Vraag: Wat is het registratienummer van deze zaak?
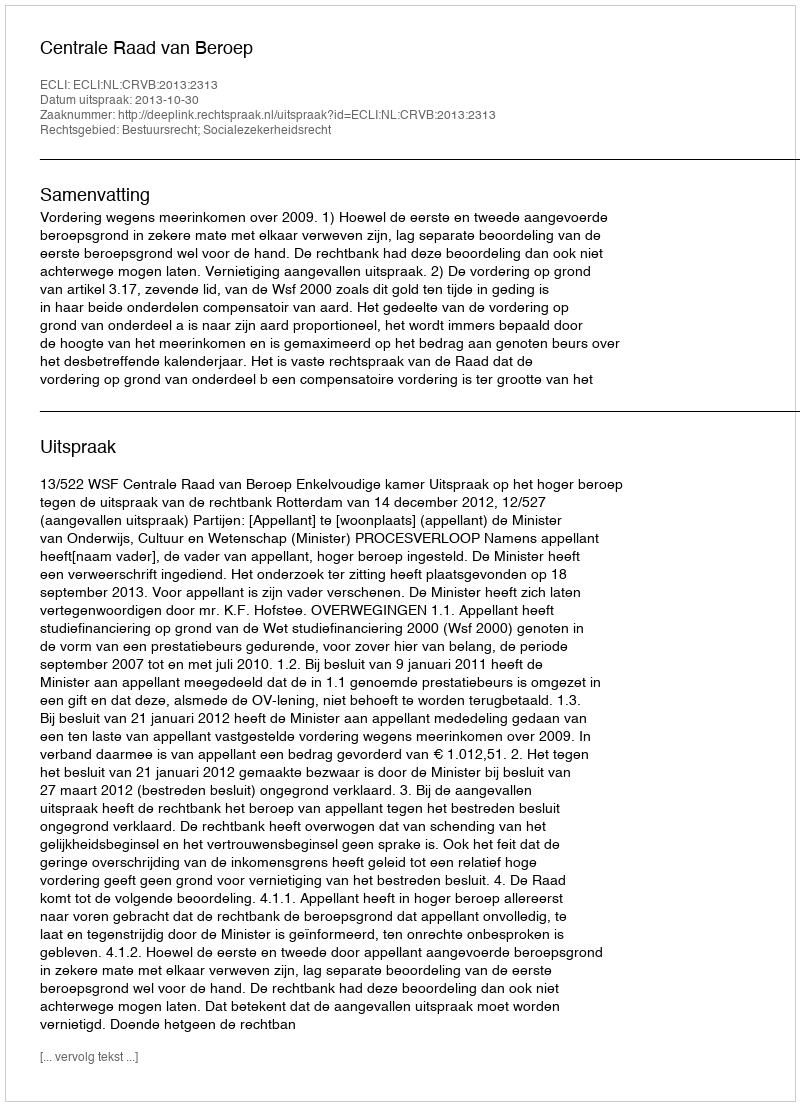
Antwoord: http://deeplink.rechtspraak.nl/uitspraak?id=ECLI:NL:CRVB:2013:2313